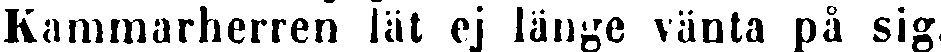
Kammarherren lät ej länge vänta på sig.